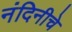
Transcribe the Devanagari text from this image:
नंदिनीचे